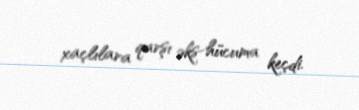
xaçlılara qarşı əks-hücuma keçdi.